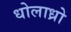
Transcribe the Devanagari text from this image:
धोलाध्रो